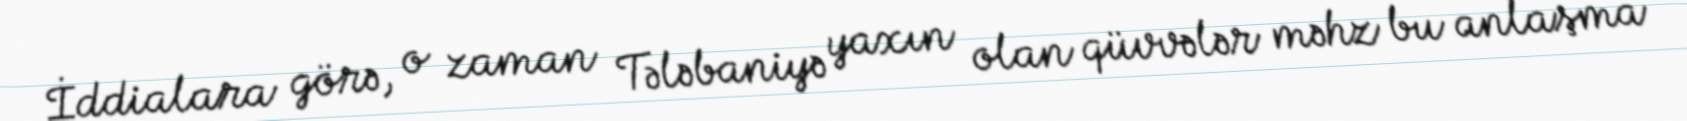
İddialara görə, o zaman Tələbaniyə yaxın olan qüvvələr məhz bu anlaşma